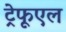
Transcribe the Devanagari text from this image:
ट्रेफूएल